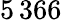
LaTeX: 5\, 366